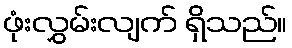
ဖုံးလွှမ်းလျက် ရှိသည်။